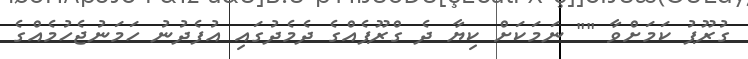
ގުރޫޕު ކަމަށްވާ "" ނަމަކަށް ކިޔާ ދެ ގްރޫޕެއްގެ ދެމެދުގައި އުފެދުނު ހަމަނުޖެހުމެއްގެ